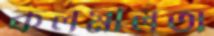
কলমীলতা